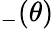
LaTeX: _-(\theta)